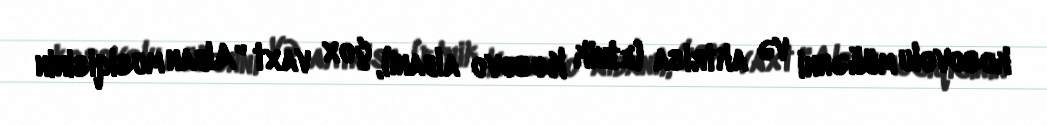
kosovolu müğənni və aktrisa (etnik Kosovo albanı), çox vaxt "Alban musiqisinin